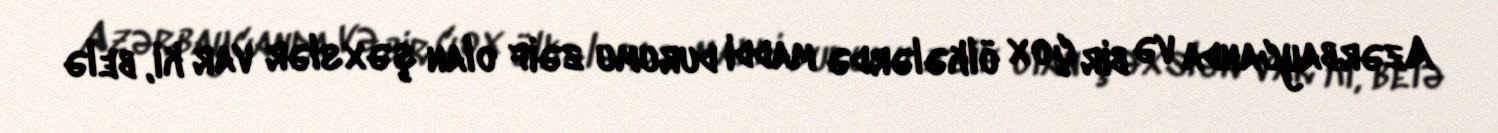
Azərbaycanda və bir çox ölkələrdə maddi durumu zəif olan şəxslər var ki, belə